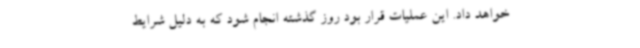
خواهد داد. این عملیات قرار بود روز گذشته انجام شود که به دلیل شرایط